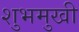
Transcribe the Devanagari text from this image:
शुभमुखी